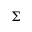
\Sigma